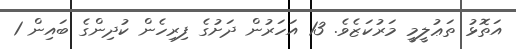
އަތޮޅު ތަޢުލީމީ މަރުކަޒެވެ. 13 އަހަރުން ދަށުގެ ފިރިހެން ކުދިންގެ ބައިން 1